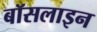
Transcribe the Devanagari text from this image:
बॉसलाइन